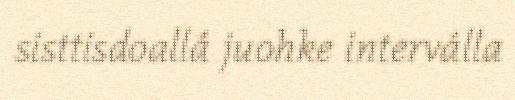
sisttisdoallá juohke interválla